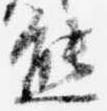
熊